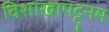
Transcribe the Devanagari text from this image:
विशाखापट्ट्नम